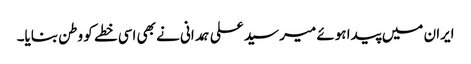
ایران میں پیدا ہوئے میر سید علی ہمدانی نے بھی اسی خطے کو وطن بنایا۔